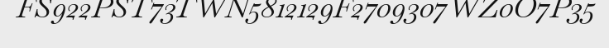
FS922PST73TWN5812129F2709307WZ0O7P35